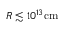
R \lesssim 1 0 ^ { 1 3 } \mathrm { c m }